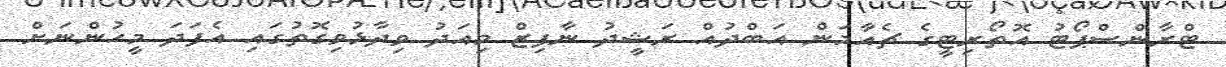
ޓްރާންސްޕޯޓު އޮތޯރިޓީގެ ޗެއާމަން އަބްދުއް ރަޝީދު ނާފިޒް މިއަދު ވިދާޅުވިގޮތުގައި އެފަދަ މީހުންނަށް